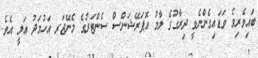
ބައިވެރިވެ ވަޑައިގެންނެވީ ދިރާގުގެ ލާމު އޮޕަރޭޝަންސް ސެންޓަރުގެ މެނޭޖަރ އަހުމަދު އަލީ އެވެ.